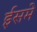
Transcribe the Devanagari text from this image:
ईसमे